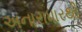
અનારાધારથી